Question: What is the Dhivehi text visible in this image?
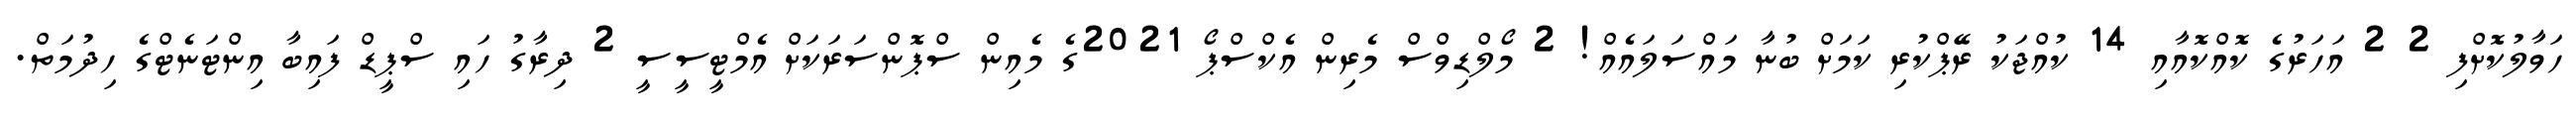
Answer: ހަވާލުކޮށްފި 2 2 އަހަރުގެ ކޮއްކޮއާއި 14 ކުއްޖަކު ރޭޕްކުރި ކަމަށް ބުނާ މައްސަލައެއް! 2 މޯލްޑިވްސް މެރިން އެކްސްޕޯ 2021ގެ މެއިން ސްޕޮންސަރަކަށް އެމްޓީސީސީ 2 ދިރާގު ހައި ސްޕީޑް ފައިބާ އިންޓަނެޓްގެ ހިދުމަތް.